Report of the Municipal Commissioner on the plague in Bombay for the year ending 31st May... - Volume 2
Disease focus: Plague
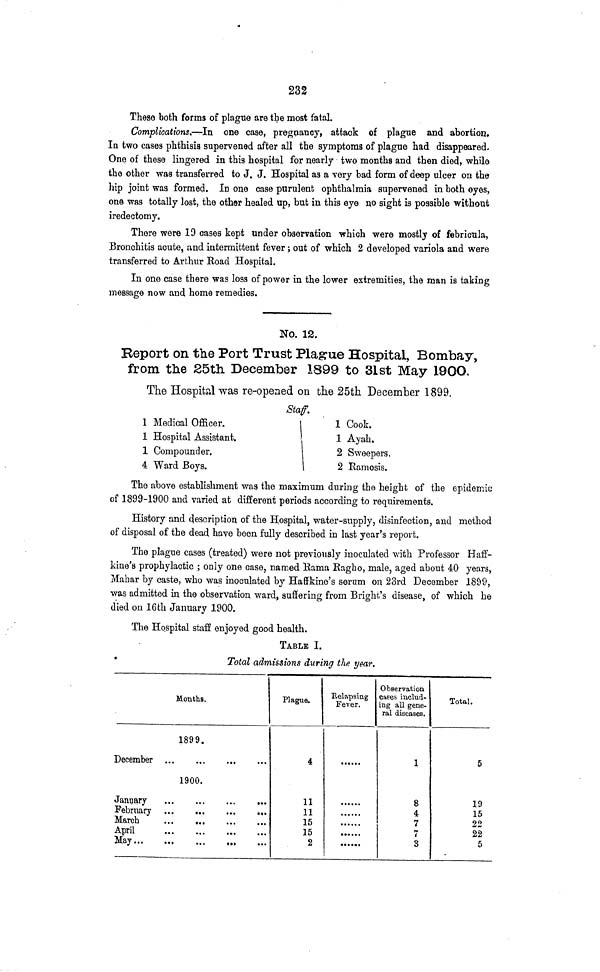
232
These both forms of plague are the most fatal.
Complications.—In one case, pregnancy, attack of plague and abortion.
In two cases phthisis supervened after all the symptoms of plague had disappeared.
One of these lingered in this hospital for nearly two months and then died, while
the other was transferred to J. J. Hospital as a very bad form of deep ulcer on the
hip joint was formed. In one case purulent ophthalmia supervened in both eyes,
one was totally lost, the other healed up, but in this eye no sight is possible without
iredectomy.
There were 19 cases kept under observation which were mostly of febricula,
Bronchitis acute, and intermittent fever; out of which 2 developed variola and were
transferred to Arthur Boad Hospital.
In one case there was loss of power in the lower extremities, the man is taking
message now and home remedies.
No. 12.
Report on the Port Trust Plague Hospital, Bombay,
from the S5th December 1899 to 31st May 190O.
The Hospital was re-opened on the 25th December 1899.
1 Medical Officer.
1 Hospital Assistant.
1 Compounder.
4 Ward Boys.
Staff.
\ 1
i
1
1 Cook.
1 Ayah.
2 Sweepers.
2 Ramosis.
The above establishment was the maximum during the height of the epideniiu
of 1899-1900 and varied at different periods according to requirements.
History and description of the Hospital, water-supply, disinfection, and method
of disposal of the dead have been fully described in last year's report.
The plague cases (treated) were not previously inoculated with Professor Haff-
kine's prophylactic ; only one case, named Kama Ragho, male, aged about 40 years,
Mahar by caste, who was inoculated by Haffkine's serum on 23rd December 1S&9,
was admitted in the observation ward, suffering from Blight's disease, of which he
died on 16th January 1900.
The Hospital staff enjoyed good health.
TABLE I.
Total admissions during the year.
Months.
1899,
December ...
...
...
...
1900.
April
...
...
...
...
Plague.
4
11
11
15
15
2
Relapsing
Fever.
Observation
cases includ-
ing all gene-
ral diseases.
1
8
4.
7
7
3
Total.
5
19
15
22
22
5